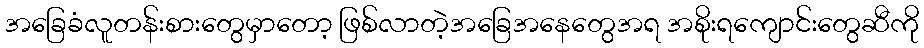
အခြေခံလူတန်းစားတွေမှာတော့ ဖြစ်လာတဲ့အခြေအနေတွေအရ အစိုးရကျောင်းတွေဆီကို